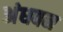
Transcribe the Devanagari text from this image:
अंधवन